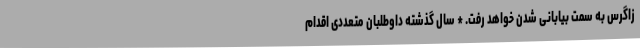
زاگرس به سمت بیابانی شدن خواهد رفت. * سال گذشته داوطلبان متعددی اقدام